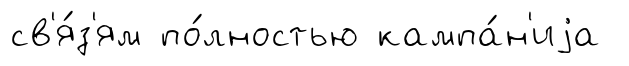
св'я́з'ям по́лностью кампа́н'иjа